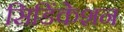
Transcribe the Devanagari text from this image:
सिडिंकेशन